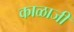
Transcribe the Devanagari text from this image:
काळाजी